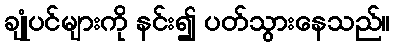
ချုံပင်များကို နင်း၍ ပတ်သွားနေသည်။